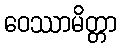
ဝေဿာမိတ္တာ